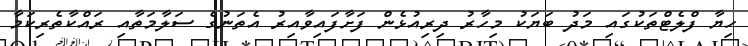
ހިޔާ ފްލެޓްތަކުގައި މަދު ބަޔަކު މިހާރު ދިރިއުޅެން ފަށާފައިވާއިރު އެތަނުގެ ސަލާމަތާއި ރައްކާތެރިކަމާ